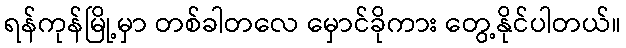
ရန်ကုန်မြို့မှာ တစ်ခါတလေ မှောင်ခိုကား တွေ့နိုင်ပါတယ်။